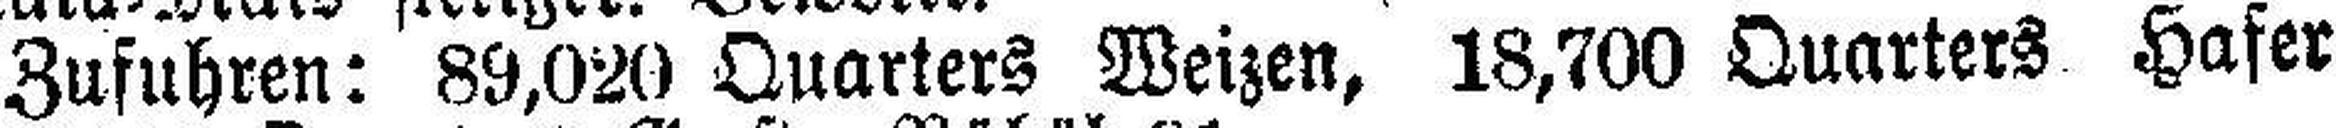
Zufuhren: 89,020 Quarters Weizen, 18,700 Quarters Hafer